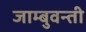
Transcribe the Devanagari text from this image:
जाम्बुवन्ती